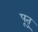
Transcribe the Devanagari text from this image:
पूतु